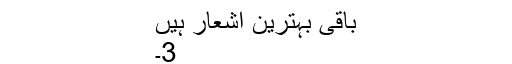
باقی بہترین اشعار ہیں
3۔